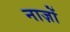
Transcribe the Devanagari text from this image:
नाज़ों